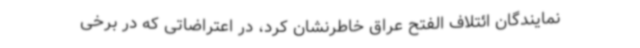
نمایندگان ائتلاف الفتح عراق خاطرنشان کرد، در اعتراضاتی که در برخی